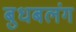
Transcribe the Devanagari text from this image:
बुधबलंग